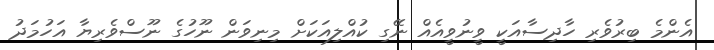
އެންމެ ބިރުވެރި ހާދިސާއަކީ ވީނުވީއެއް ނޭގި ކުއްލިއަކަށް މިނިވަން ނޫހުގެ ނޫސްވެރިޔާ އަހުމަދު